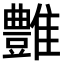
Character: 𩁑